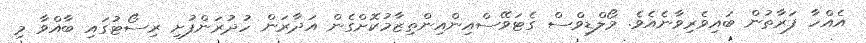
އެއްހާ ފަރާތުން ބައިވެރިވާނެއެވެ. މޯލްޑިވްސް ގެޓަވޭސްއިންއިންތިޒާމުކޮށްގެން އަދާރަން ހުދުރަންފުށި ރިސޯޓުގައި ބާއްވާ މި